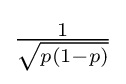
{\textstyle {\frac {1}{\sqrt {p(1-p)}}}}